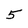
Character: 5